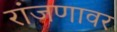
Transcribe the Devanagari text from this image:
रांजणावर